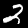
Digit: 2